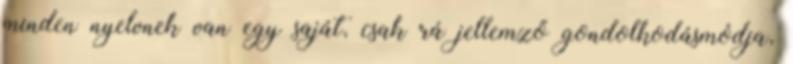
minden nyelvnek van egy saját, csak rá jellemző gondolkodásmódja,